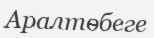
Аралтөбеге